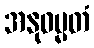
အနုဓမ္မတံ